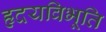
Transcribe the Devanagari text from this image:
हृदयविभूति